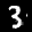
Label: 3